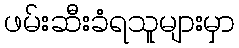
ဖမ်းဆီးခံရသူများမှာ